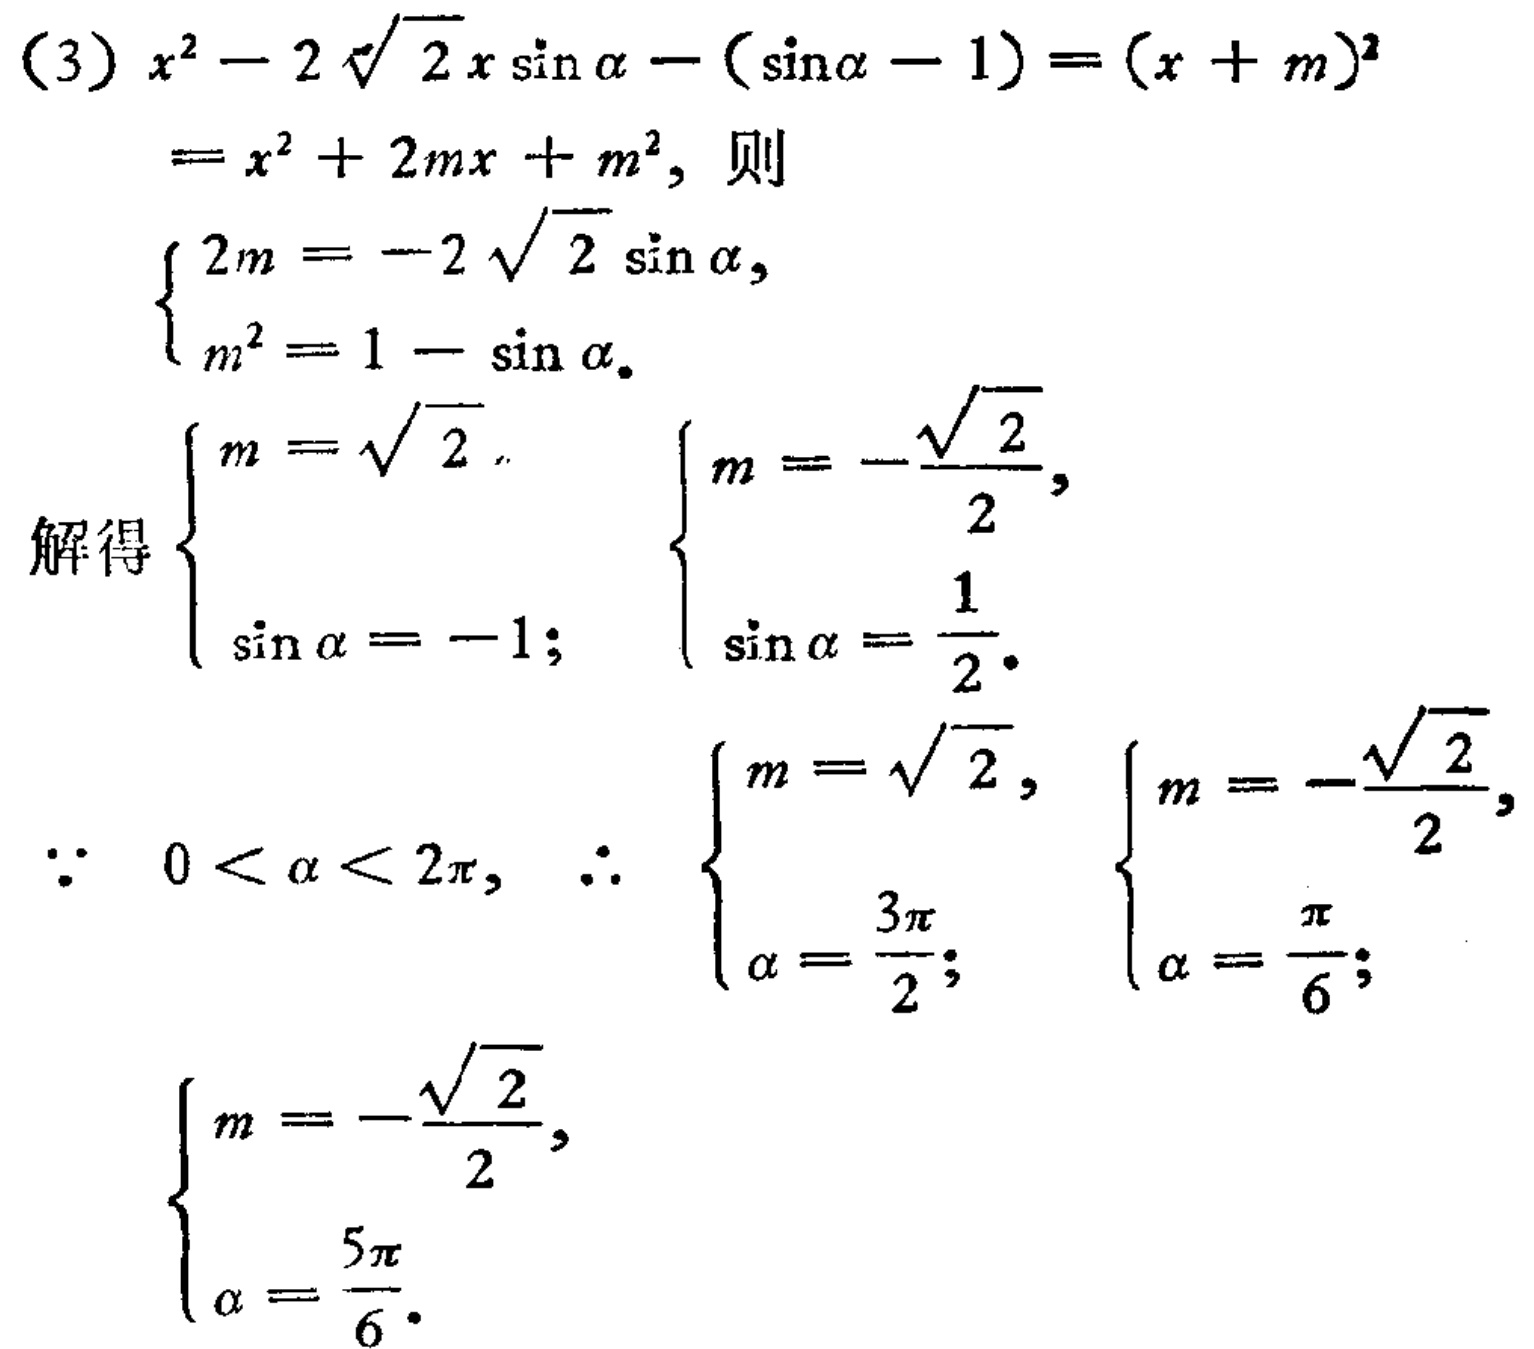
\[(3)
\begin{align*}
x^{2}-2\sqrt{2}x\sin\alpha - (\sin\alpha - 1)&=(x + m)^{2}\\
&=x^{2}+2mx + m^{2}, \text{ 则}\\
\begin{cases}
2m=-2\sqrt{2}\sin\alpha,\\
m^{2}=1 - \sin\alpha.
\end{cases}\\
\text{解得 }
\begin{cases}
m=\sqrt{2},\\
\sin\alpha=-1;
\end{cases}
\begin{cases}
m=-\frac{\sqrt{2}}{2},\\
\sin\alpha=\frac{1}{2}.
\end{cases}\\
\because 0<\alpha<2\pi, \therefore
\begin{cases}
m=\sqrt{2},\\
\alpha=\frac{3\pi}{2};
\end{cases}
\begin{cases}
m=-\frac{\sqrt{2}}{2},\\
\alpha=\frac{\pi}{6};
\end{cases}\\
\begin{cases}
m=-\frac{\sqrt{2}}{2},\\
\alpha=\frac{5\pi}{6}.
\end{cases}
\end{align*}
\]